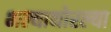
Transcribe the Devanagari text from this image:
भल्याथोरल्या